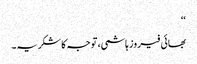
‘‘
بھائی فیروز ہاشمی، توجہ کا شکریہ۔